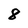
Character: 8